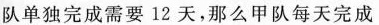
队单独完成需要12天，那么甲队每天完成